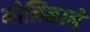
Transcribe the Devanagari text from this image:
मोलिनाने